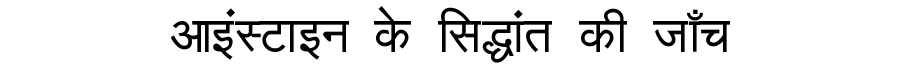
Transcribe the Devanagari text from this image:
आइंस्टाइन के सिद्धांत की जाँच